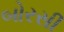
બોરસી